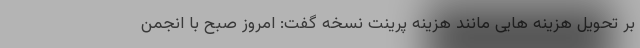
بر تحویل هزینه هایی مانند هزینه پرینت نسخه گفت: امروز صبح با انجمن